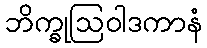
ဘိက္ခုဩဝါဒကာနံ